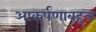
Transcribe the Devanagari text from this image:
आकर्षणाबद्दल